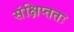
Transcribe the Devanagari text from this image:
संक्षिप्ततः